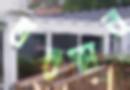
তরস্থান